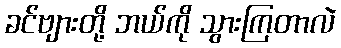
ခင်ဗျားတို့ ဘယ်ကို သွားကြတာလဲ